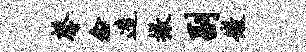
馨念造撤副微